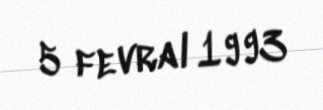
5 fevral 1993